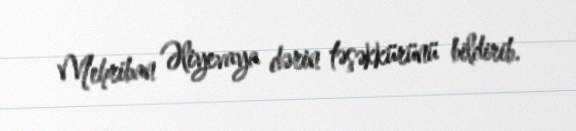
Mehriban Əliyevaya dərin təşəkkürünü bildirib.